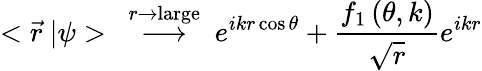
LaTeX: <\vec{r}\ |\psi>\ \stackrel{r\rightarrow\mathrm{large}}{\longrightarrow}\ e^{ikr\cos{\theta}}+{\frac{f_{1}\left(\theta,k\right)}{\sqrt{r}}}e^{ikr}